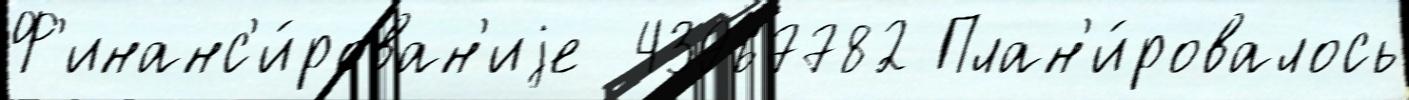
Ф'инанс'и́рован'иjе  43967782 План'и́ровалось